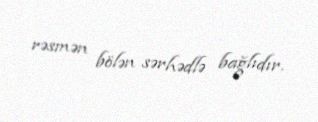
rəsmən bölən sərhədlə bağlıdır.